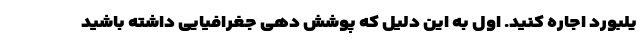
یلبورد اجاره کنید. اول به این دلیل که پوشش دهی جغرافیایی داشته باشید